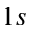
1 s